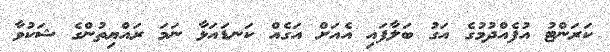
ކަރަންޓު އުފެއްދުމުގެ އަގު ބަލާފައި އެއަށް އަގެއް ކަނޑައަޅާ ނަމަ ރައްޔިތުންގެ ޝަކުވާ